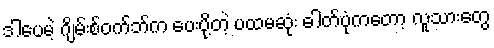
ဒါပေမဲ့ ဂျိမ်းစ်ဝက်ဘ်က ပေးပို့တဲ့ ပထမဆုံး ဓါတ်ပုံကတော့ လူသားတွေ